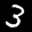
Label: 3